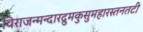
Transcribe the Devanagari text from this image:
विराजन्मन्दारद्रुमकुसुमहारस्तनतटी